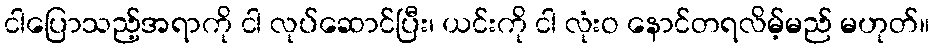
ငါပြောသည့်အရာကို ငါ လုပ်ဆောင်ပြီး၊ ယင်းကို ငါ လုံးဝ နောင်တရလိမ့်မည် မဟုတ်။